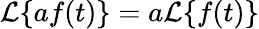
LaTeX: {\mathcal{L}}\{ af(t)\} =a{\mathcal{L}}\{ f(t)\}